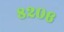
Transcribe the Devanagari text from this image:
८२०६